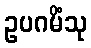
ဥပဂမိံသု